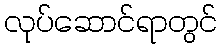
လုပ်ဆောင်ရာတွင်